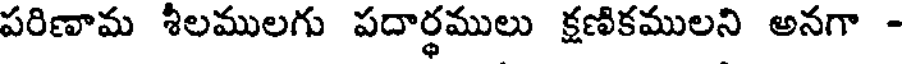
పరిణామ శీలములగు పదార్థములు క్షణికములని అనగా -